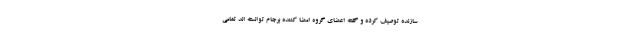
سازنده توصیف کرده و گفته اعضای گروه امضا کننده برجام توانسته اند تمامی